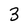
Character: 3